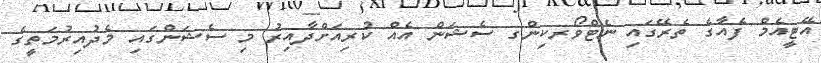
އޭޓީއެމް ފެއާގެ ތެރޭގައި ނެޓްވޯރކިންގ ސެޝަން އެއް ކުރިއަށްދާއިރު މި ސެޝަންގައި މެދުއިރުމަތީގެ